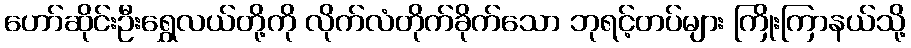
ဟော်ဆိုင်းဦးရွှေလယ်တို့ကို လိုက်လံတိုက်ခိုက်သော ဘုရင့်တပ်များ ကြိုးကြာနယ်သို့